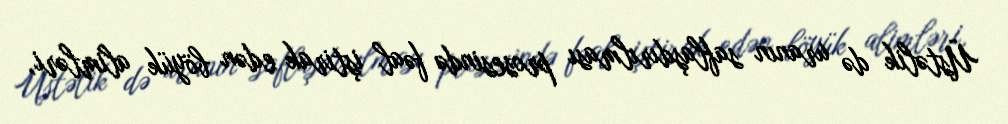
Üstəlik də uranın saflaşdırılması prosesində fəal iştirak edən böyük alimləri,